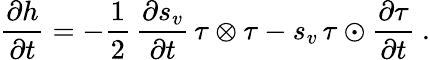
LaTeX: \frac{\partial h}{\partial t}=-\frac 12\, \frac{\partial s_{v}}{\partial t}\, \tau\otimes\tau-s_{v}\, \tau\odot\frac{\partial\tau}{\partial t}\ .